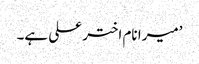
’میرا نام اختر علی ہے۔